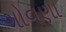
ગોવણા